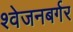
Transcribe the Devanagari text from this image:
श्‍वेजनबर्गर